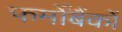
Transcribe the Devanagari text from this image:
फर्मोंबैंकों